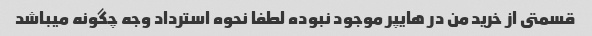
قسمتى از خرید من در هایپر موجود نبوده لطفا نحوه استرداد وجه چگونه میباشد